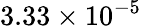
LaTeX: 3.33\times 10^{-5}